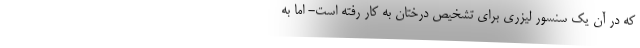
که در آن یک سنسور لیزری برای تشخیص درختان به کار رفته است- اما به